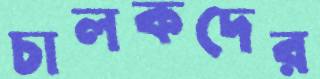
চালকদের